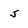
Character: J